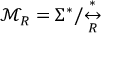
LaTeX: { \mathcal { M } } _ { R } = \Sigma ^ { * } / { \overset { * } { \underset { R } { \leftrightarrow } } }